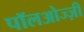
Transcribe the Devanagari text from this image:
पॉलओज्ज़ी